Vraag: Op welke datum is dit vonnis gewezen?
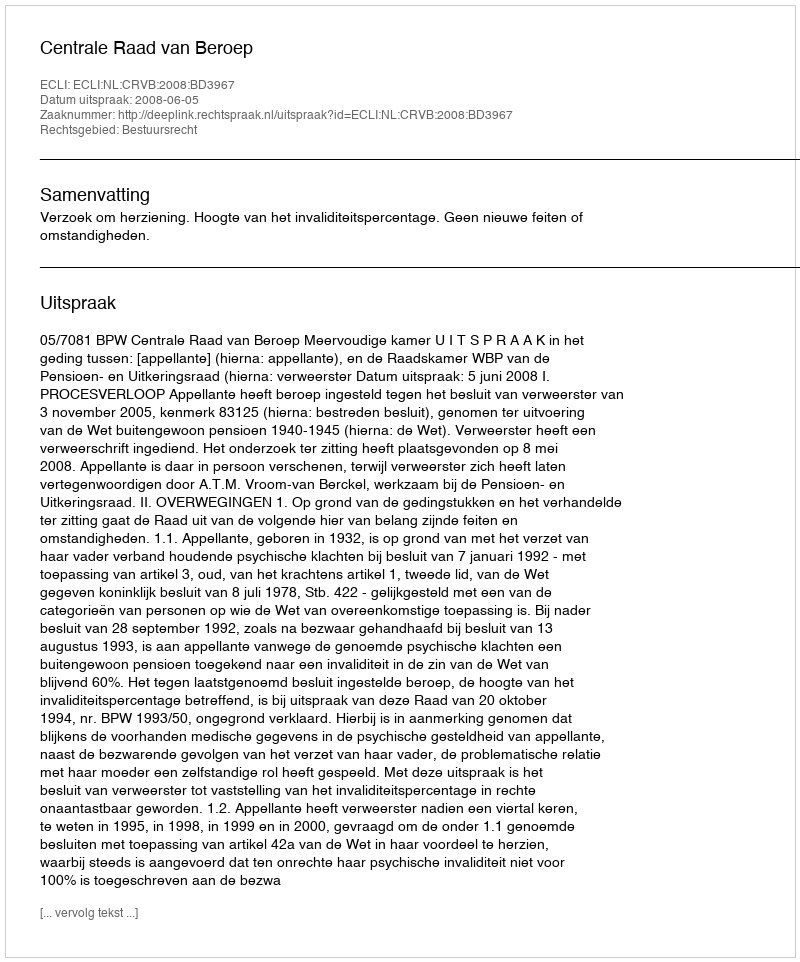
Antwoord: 2008-06-05